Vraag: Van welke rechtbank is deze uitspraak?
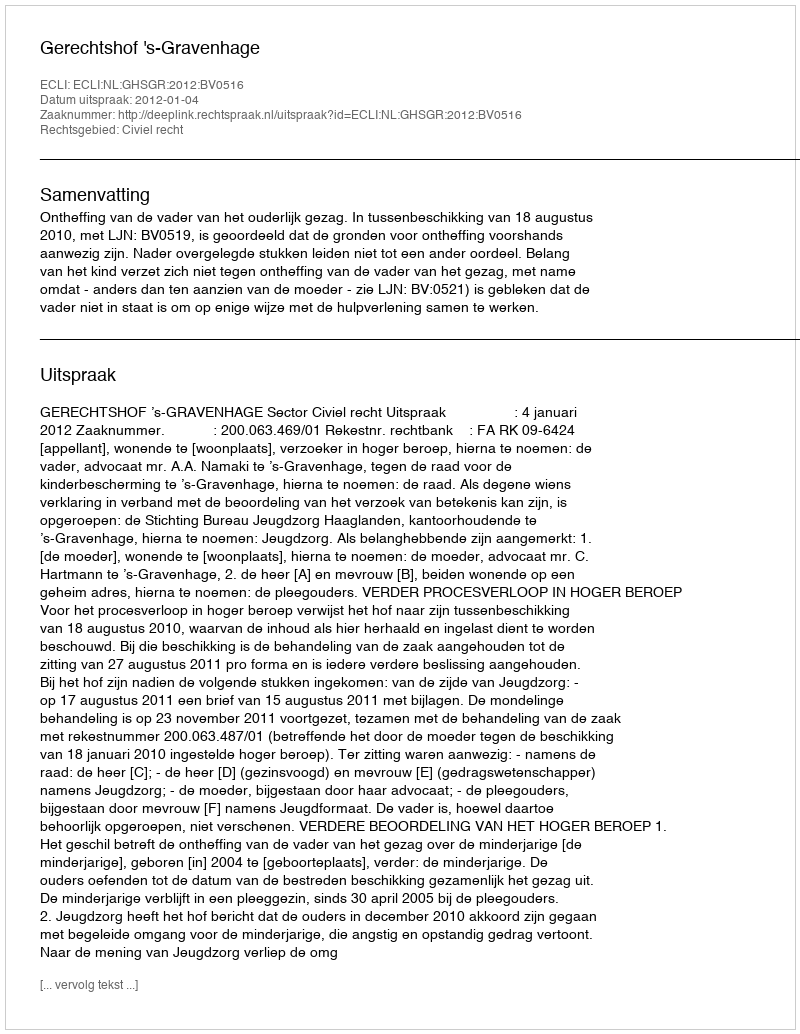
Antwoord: Gerechtshof 's-Gravenhage